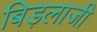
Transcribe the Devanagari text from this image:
बिड़लाजी